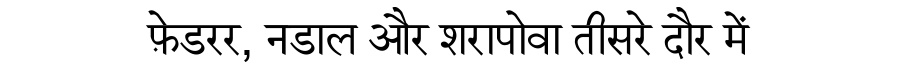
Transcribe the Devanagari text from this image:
फ़ेडरर, नडाल और शरापोवा तीसरे दौर में